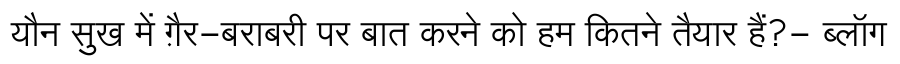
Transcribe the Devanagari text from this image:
यौन सुख में ग़ैर-बराबरी पर बात करने को हम कितने तैयार हैं?- ब्लॉग